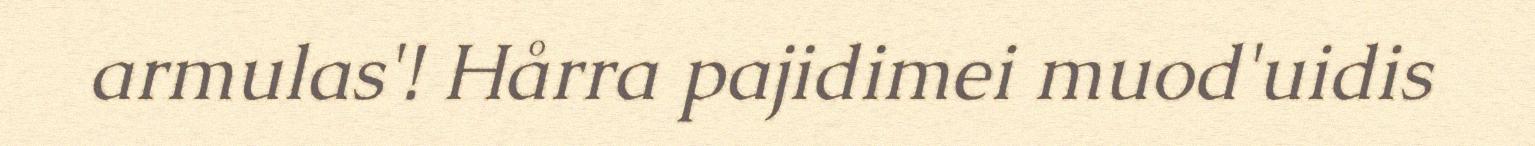
armulas'! Hårra pajidimei muod'uidis